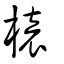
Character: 榬